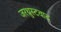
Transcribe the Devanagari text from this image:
जरथ्रुस्टवाद